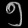
Digit: ၅